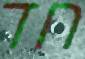
חד